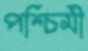
পশ্চিমী